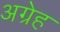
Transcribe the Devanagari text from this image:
अग्रेह